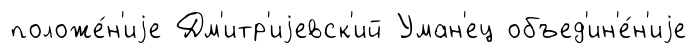
положе́н'иjе Дм'итр'иjевск'ий Уман'ец объед'ин'е́н'иjе